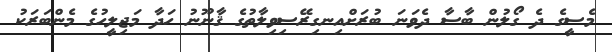
މެސީގެ ދެ ގޯލުން ބާސާ ދެވަނަ ބުރަށްއިނގިރޭސިވިލާތުގެ ޤާނޫނު ހަދާ މަޖިލީހުގެ މެންބަރަކު